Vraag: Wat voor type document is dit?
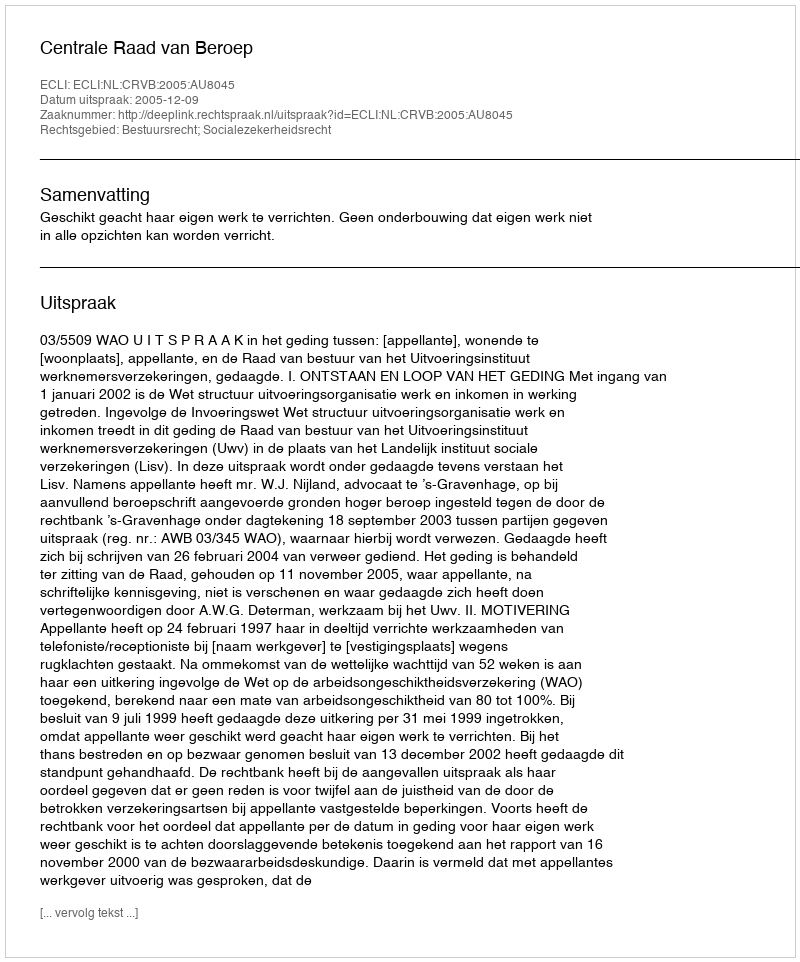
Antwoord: Uitspraak